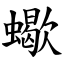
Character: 蠍